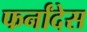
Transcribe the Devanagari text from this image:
फर्नांदेस